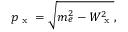
p _ { \textrm { x } } = \sqrt { m _ { e } ^ { 2 } - W _ { \textrm { x } } ^ { 2 } } ,